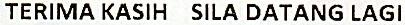
TERIMA KASIH SILA DATANG LAGI